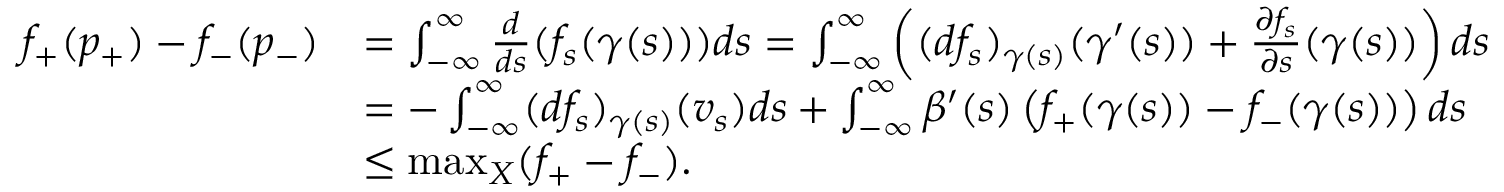
\begin{array} { r l } { f _ { + } ( p _ { + } ) - f _ { - } ( p _ { - } ) } & { = \int _ { - \infty } ^ { \infty } \frac { d } { d s } ( f _ { s } ( \gamma ( s ) ) ) d s = \int _ { - \infty } ^ { \infty } \left( ( d f _ { s } ) _ { \gamma ( s ) } ( \gamma ^ { \prime } ( s ) ) + \frac { \partial f _ { s } } { \partial s } ( \gamma ( s ) ) \right) d s } \\ & { = - \int _ { - \infty } ^ { \infty } ( d f _ { s } ) _ { \gamma ( s ) } ( v _ { s } ) d s + \int _ { - \infty } ^ { \infty } \beta ^ { \prime } ( s ) \left( f _ { + } ( \gamma ( s ) ) - f _ { - } ( \gamma ( s ) ) \right) d s } \\ & { \leq \operatorname* { m a x } _ { X } ( f _ { + } - f _ { - } ) . } \end{array}